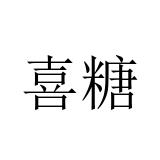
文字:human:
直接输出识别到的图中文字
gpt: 喜糖